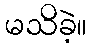
မသိခဲ့။